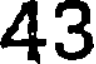
43